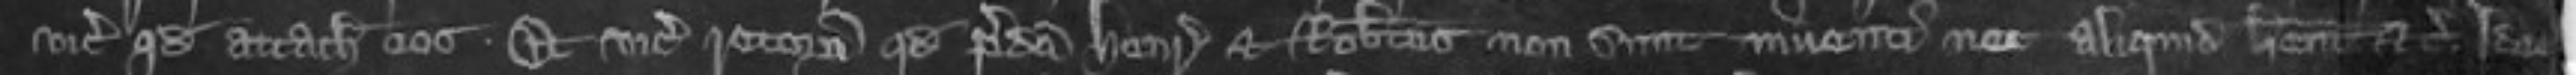
vicecomiti quod attachiaret eos Et vicecomes retornavit quod predicti Henricus et Robertus non sunt inventi nec aliquid haberent etc Ideo